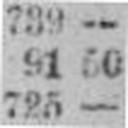
725 —